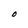
Character: O